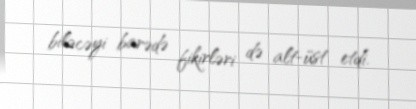
biləcəyi barədə fikirləri də alt-üst etdi.